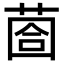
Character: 𦳬